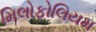
મિલોફોલિયમ